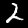
Digit: 2